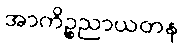
အာကိဉ္စညာယတန